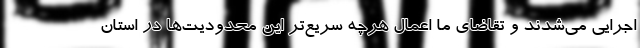
اجرایی می‌شدند و تقاضای ما اعمال هرچه سریع‌تر این محدودیت‌ها در استان